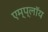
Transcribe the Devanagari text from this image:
एम्प्लॉय